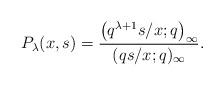
LaTeX: \begin{align*}& P_{\lambda}(x, s) = \frac{\big(q^{\lambda +1} s/x;q\big)_{\infty}}{(q s/x;q)_{\infty}} . \end{align*}